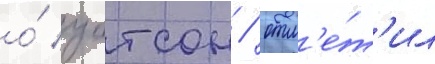
о́ уотсон / отм'е́т'ил